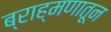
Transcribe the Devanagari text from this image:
ब्राह्मणातून